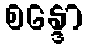
စန္ဒော